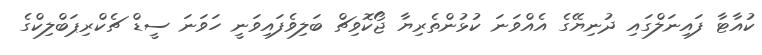
ކުއާޓާ ފައިނަލްގައި ދުނިޔޭގެ އެއްވަނަ ކުޅުންތެރިޔާ ޖޯކޮވިޗް ބަލިވެފައިވަނީ ހަވަނަ ސީޑް ޗެކްރިޕަބްލިކްގެ